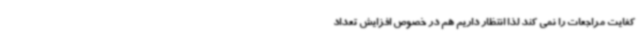
کفایت مراجعات را نمی کند لذا انتظار داریم هم در خصوص افزایش تعداد